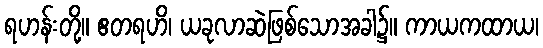
ရဟန်းတို့။ ဧတရဟိ၊ ယခုလာဆဲဖြစ်သောအခါ၌။ ကာယကထာယ၊